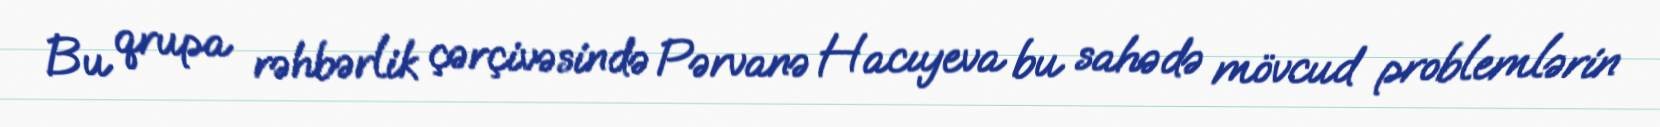
Bu qrupa rəhbərlik çərçivəsində Pərvanə Hacıyeva bu sahədə mövcud problemlərin